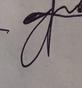
Signature authenticity: forged